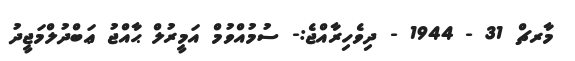
މާރޗް 31 - 1944 - ދިވެހިރާއްޖެ:- ސުމުއްވުމް އަމީރުލް ޙާއްޖު ޢަބްދުލްމަޖީދު